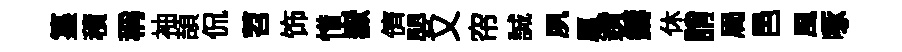
簋積稱袖頡侃苕饰惜嶽儕嬰乂帘誠夙厲鑽鑄休誚局邑風啄